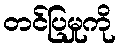
တင်ပြမှုကို